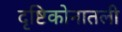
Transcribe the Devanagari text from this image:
दृष्टिकोनातली